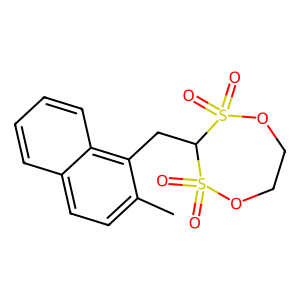
SMILES: Cc1ccc2ccccc2c1CC1S(=O)(=O)OCCOS1(=O)=O
Inhibits HIV replication: No